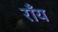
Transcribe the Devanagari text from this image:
राँय